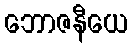
ဘောဇနီယေ